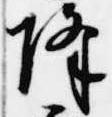
降